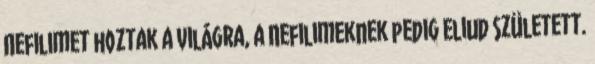
Nefilimet hoztak a világra, a Nefilimeknek pedig Eliud született.